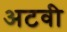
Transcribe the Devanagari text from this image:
अटवी